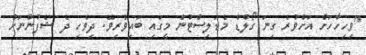
"ވިހިހާހަށް އަށްވުރެ ގިނަ ގޯލްޑް މެޑަލިސްޓުން މީގައި ބައިވެރިވޭ. ދިވެހި ދެ ޝެފުންނަށް